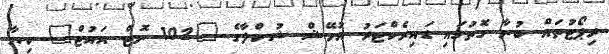
ރިޕޯޓުތައް ބުނާ ގޮތުގައި ޑައިރެކްޓަރު އުމޭޝް ޝުކްލާގެ "102 ނޮޓް އައުޓް" ކިޔާ